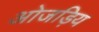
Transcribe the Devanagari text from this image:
ओजड़िय